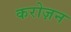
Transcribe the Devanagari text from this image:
करोज़न